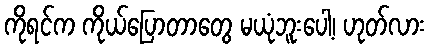
ကိုရင်က ကိုယ်ပြောတာတွေ မယုံဘူးပေါ့၊ ဟုတ်လား